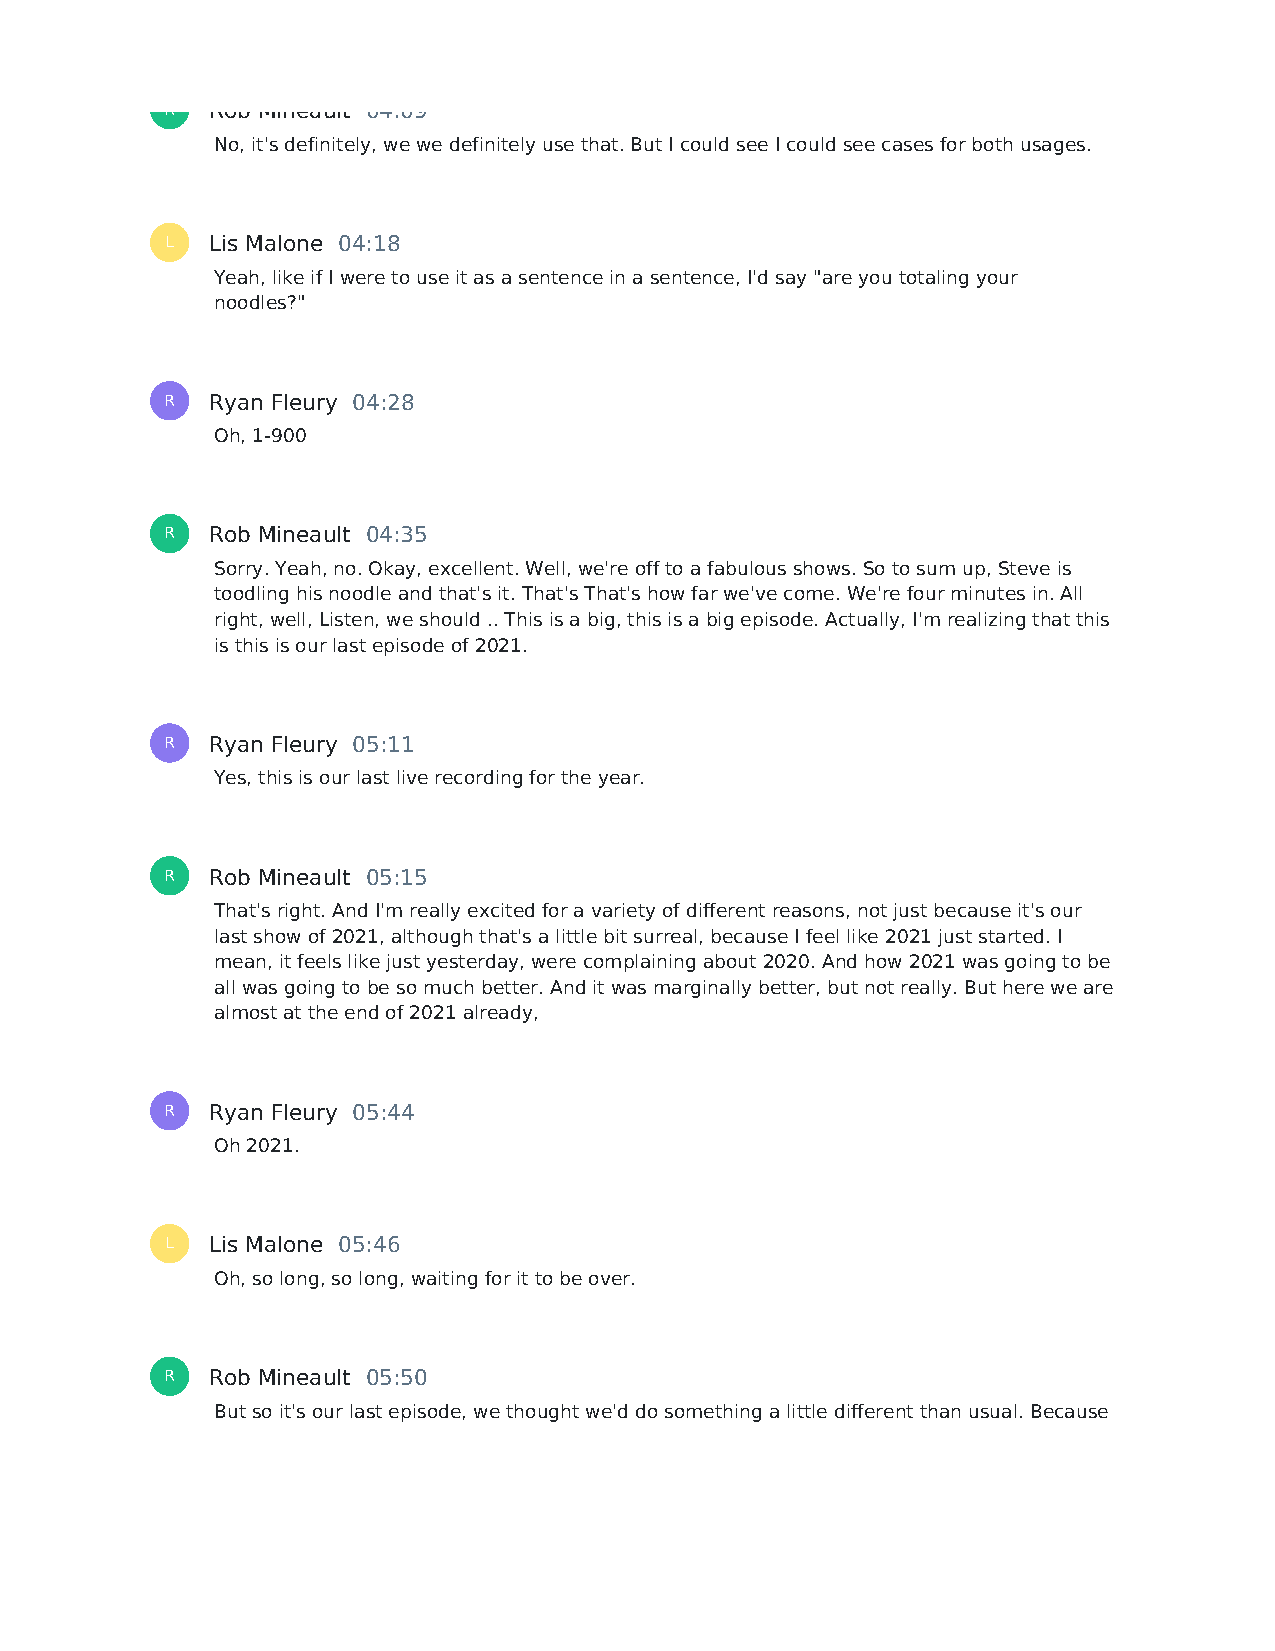
R  Rob Mineault 04:09
 No, it's definitely, we we definitely use that. But I could see I could see cases for both usages.
 L  Lis Malone 04:18
 Yeah, like if I were to use it as a sentence in a sentence, I'd say "are you totaling your
 noodles?"
 R  Ryan Fleury 04:28
 Oh, 1-900
 R  Rob Mineault 04:35
 Sorry. Yeah, no. Okay, excellent. Well, we're off to a fabulous shows. So to sum up, Steve is
 toodling his noodle and that's it. That's That's how far we've come. We're four minutes in. All
 right, well, Listen, we should .. This is a big, this is a big episode. Actually, I'm realizing that this
 is this is our last episode of 2021.
 R  Ryan Fleury 05:11
 Yes, this is our last live recording for the year.
 R  Rob Mineault 05:15
 That's right. And I'm really excited for a variety of different reasons, not just because it's our
 last show of 2021, although that's a little bit surreal, because I feel like 2021 just started. I
 mean, it feels like just yesterday, were complaining about 2020. And how 2021 was going to be
 all was going to be so much better. And it was marginally better, but not really. But here we are
 almost at the end of 2021 already,
 R  Ryan Fleury 05:44
 Oh 2021.
 L  Lis Malone 05:46
 Oh, so long, so long, waiting for it to be over.
 R  Rob Mineault 05:50
 But so it's our last episode, we thought we'd do something a little different than usual. Because